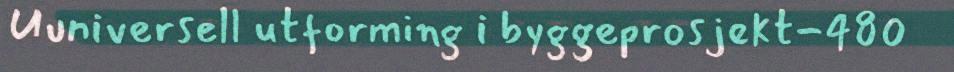
Uuniversell utforming i byggeprosjekt-480